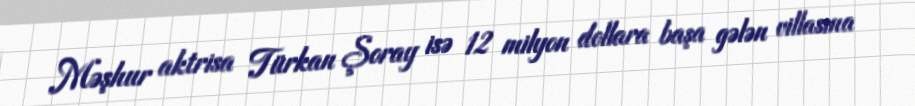
Məşhur aktrisa Türkan Şoray isə 12 milyon dollara başa gələn villasına